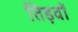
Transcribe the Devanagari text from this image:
तिड़वों